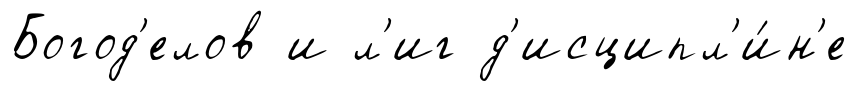
Богод'елов и л'иг д'исципл'и́н'е